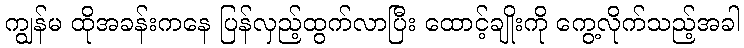
ကျွန်မ ထိုအခန်းကနေ ပြန်လှည့်ထွက်လာပြီး ထောင့်ချိုးကို ကွေ့လိုက်သည့်အခါ